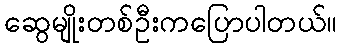
ဆွေမျိုးတစ်ဦးကပြောပါတယ်။